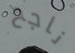
ناجح